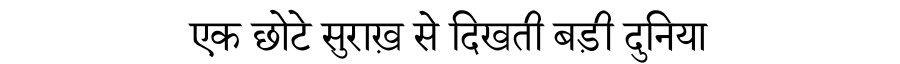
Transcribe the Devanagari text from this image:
एक छोटे सुराख़ से दिखती बड़ी दुनिया